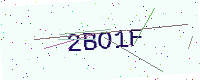
Text: 2BO1F